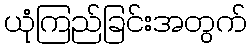
ယုံကြည်ခြင်းအတွက်